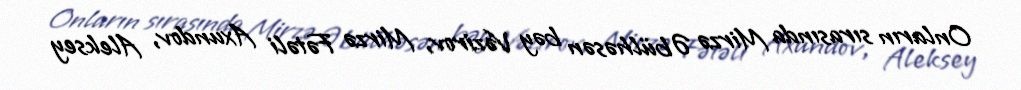
Onların sırasında Mirzə Əbülhəsən bəy Vəzirov, Mirzə Fətəli Axundov, Aleksey